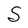
Character: S